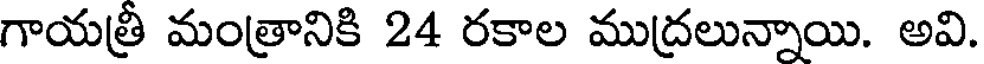
గాయత్రీ మంత్రానికి 24 రకాల ముద్రలున్నాయి. అవి.